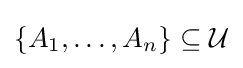
\{A_{1},\dots ,A_{n}\}\subseteq {\mathcal {U}}